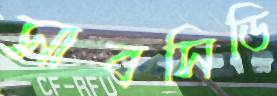
সাবসিডি